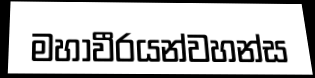
මහාවීරයන්වහන්ස